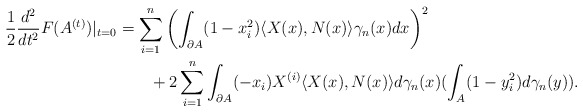
\begin{align*}\begin{aligned}\frac{1}{2}\frac{d^{2}}{dt^{2}}F(A^{(t)})|_{t=0}&=\sum_{i=1}^{n}\left(\int_{\partial A}(1-x_{i}^{2})\langle X(x),N(x)\rangle\gamma_{n}(x)dx\right)^{2}\\&\qquad+2\sum_{i=1}^{n}\int_{\partial A}(-x_{i})X^{(i)}\langle X(x),N(x)\rangle d\gamma_{n}(x)(\int_{A} (1-y_{i}^{2})d\gamma_{n}(y)).\end{aligned}\end{align*}